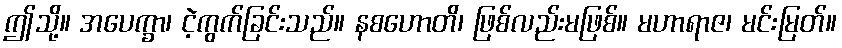
ဤသို့။ အပေက္ခာ၊ ငဲ့ကွက်ခြင်းသည်။ နစဟောတိ၊ ဖြစ်လည်းမဖြစ်။ မဟာရာဇ၊ မင်းမြတ်။